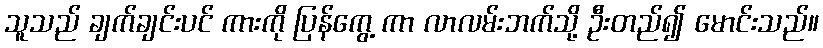
သူသည် ချက်ချင်းပင် ကားကို ပြန်ကွေ့ ကာ လာလမ်းဘက်သို့ ဦးတည်၍ မောင်းသည်။